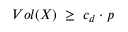
V o l ( X ) \; \geq \; c _ { d } \cdot p